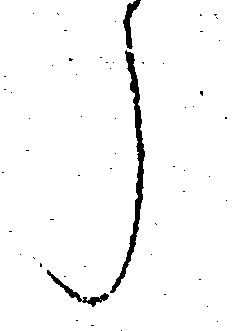
う